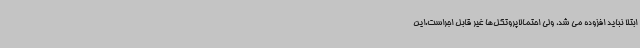
ابتلا نباید افزوده می شد، ولی احتمالاپروتکل‌ها غیر قابل اجراست.این